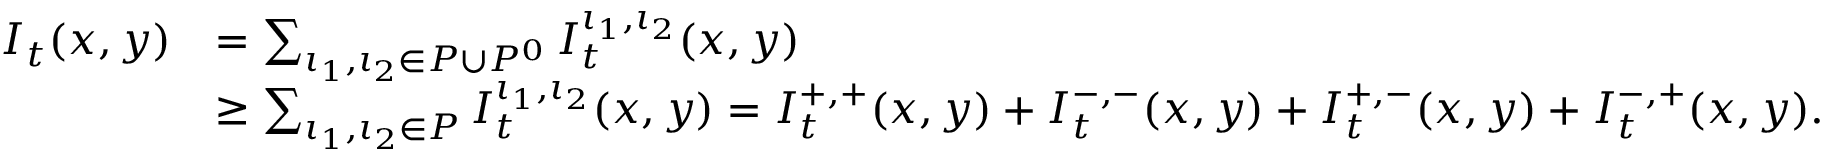
\begin{array} { r l } { I _ { t } ( x , y ) } & { = \sum _ { \iota _ { 1 } , \iota _ { 2 } \in P \cup P ^ { 0 } } I _ { t } ^ { \iota _ { 1 } , \iota _ { 2 } } ( x , y ) } \\ & { \ge \sum _ { \iota _ { 1 } , \iota _ { 2 } \in P } I _ { t } ^ { \iota _ { 1 } , \iota _ { 2 } } ( x , y ) = I _ { t } ^ { + , + } ( x , y ) + I _ { t } ^ { - , - } ( x , y ) + I _ { t } ^ { + , - } ( x , y ) + I _ { t } ^ { - , + } ( x , y ) . } \end{array}